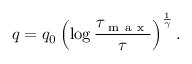
q = q _ { 0 } \left( \log \frac { \tau _ { \mathrm { ~ m ~ a ~ x ~ } } } { \tau } \right) ^ { \frac { 1 } { \gamma } } .